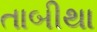
તાબીથા